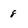
Character: 8